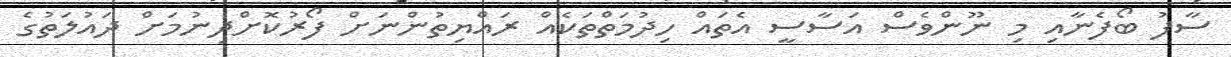
ސާފު ބޯފެނާއި މި ނޫންވެސް އަސާސީ އެތައް ހިދުމަތްތަކެއް ރައްޔިތުންނަށް ފޯރުކޮށްދިނުމަށް ދައުލަތުގެ